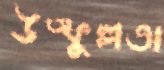
উত্ফুল্লতা